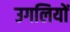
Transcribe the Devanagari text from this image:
उगलियों